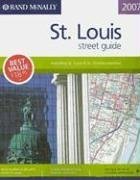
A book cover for Rand Mcnally 2007 St. Louis Street Guide (Rand McNally St. Louis Street Guide: Including St. Louis & St. Charl); Rand McNally; Travel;